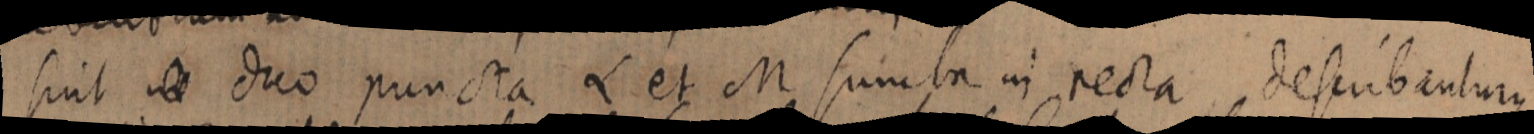
sint duo puncta L et M sumta in recta describanturque